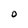
Character: O